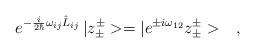
LaTeX: \begin{align*}e^{-\frac{i}{2\hbar}\omega_{ij}\hat{L}_{ij}}\,|z^\pm_\pm>=|e^{\pm i\omega_{12}}z^\pm_\pm>\ \ \ ,\end{align*}